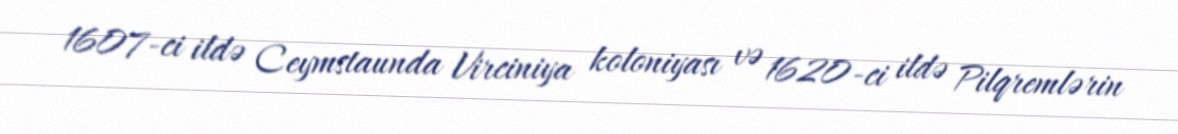
1607-ci ildə Ceymstaunda Virciniya koloniyası və 1620-ci ildə Pilqremlərin